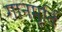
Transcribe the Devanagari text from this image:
गानमूर्ति